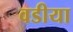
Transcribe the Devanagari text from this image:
वडीया